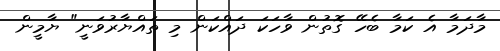
މާދަމާ އެ ކަމާ ބެހޭ ގޮތުން ވާހަކަ ދައްކަން މި ތައްޔާރުވަނީ" ޔާމީން